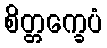
စိတ္တက္ခေပံ